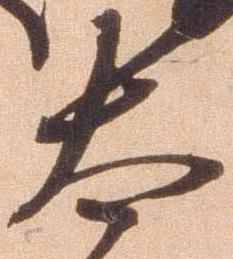
太